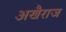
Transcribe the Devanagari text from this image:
अखैराज